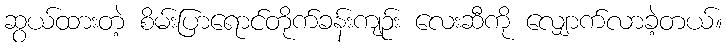
ဆွယ်ထားတဲ့ စိမ်းပြာရောင်တိုက်ခန်းကျဉ်း လေးဆီကို လျှောက်လာခဲ့တယ်။